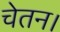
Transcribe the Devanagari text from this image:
चेतन।